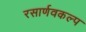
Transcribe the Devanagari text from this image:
रसार्णवकल्प